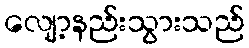
လျော့နည်းသွားသည်